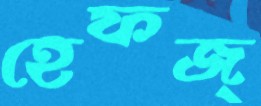
হেফজ্